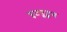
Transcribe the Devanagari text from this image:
पुटपुटुन